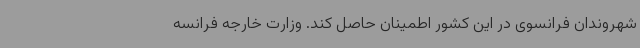
شهروندان فرانسوی در این کشور اطمینان حاصل کند. وزارت خارجه فرانسه